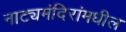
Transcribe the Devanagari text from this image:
नाट्यमंदिरांमधील